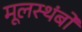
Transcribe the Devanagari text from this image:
मूलस्थंबों